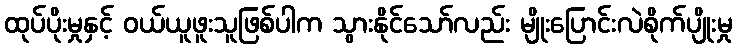
ထုပ်ပိုးမှုနှင့် ဝယ်ယူဖူးသူဖြစ်ပါက သွားနိုင်သော်လည်း မျိုးပြောင်းလဲစိုက်ပျိုးမှု